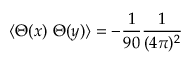
\langle \Theta ( x ) \ \Theta ( y ) \rangle = - \frac { 1 } { 9 0 } \frac { 1 } { ( 4 \pi ) ^ { 2 } }